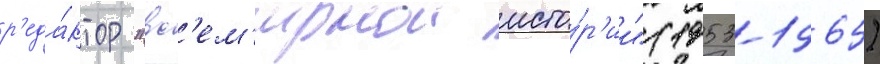
р'еда́ктор "вс'ем'ирнои исто́р'ии" (1953-1965)